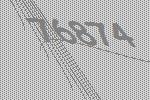
76874